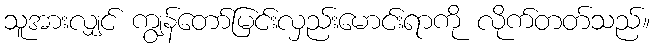
သူအားလျှင် ကျွန်တော်မြင်းလှည်းမောင်းရာကို လိုက်တတ်သည်။